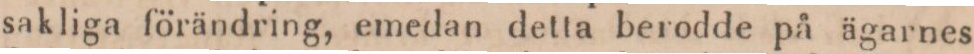
sakliga förändring, emedan detta berodde på ägarnes